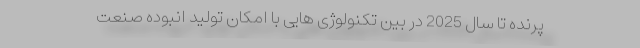
پرنده تا سال 2025 در بین تکنولوژی هایی با امکان تولید انبوده صنعت